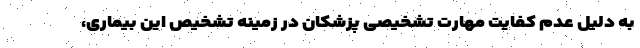
به دلیل عدم کفایت مهارت تشخیصی پزشکان در زمینه تشخیص این بیماری،